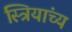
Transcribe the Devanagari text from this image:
स्त्रियांच्य